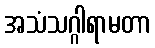
အသံသဂ္ဂါရာမတာ